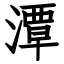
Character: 潭